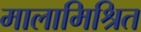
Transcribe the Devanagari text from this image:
मालामिश्रित